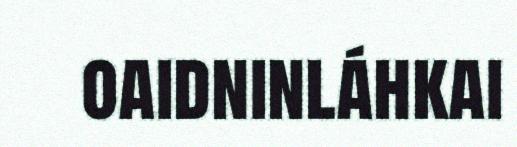
oaidninláhkai